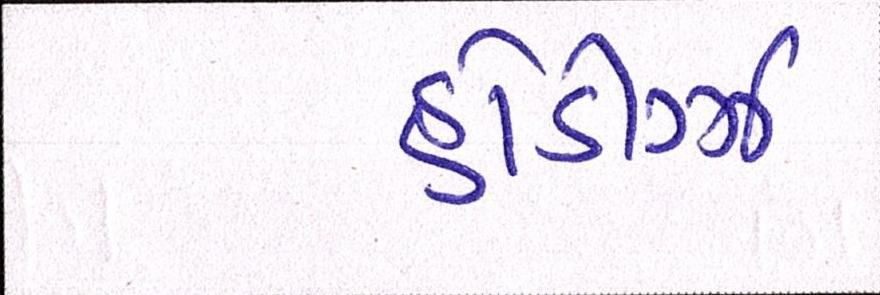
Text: હોડીગ્ઝ